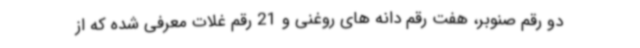
دو رقم صنوبر، هفت رقم دانه های روغنی و 21 رقم غلات معرفی شده که از